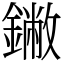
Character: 䥕